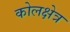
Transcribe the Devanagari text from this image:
कोलक्षेत्र